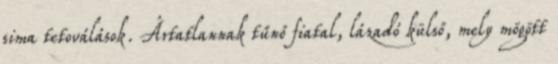
sima tetoválások. Ártatlannak tűnő fiatal, lázadó külső, mely mögött